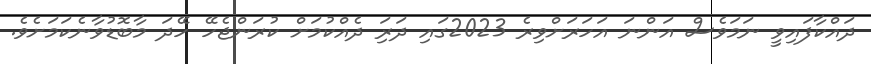
ދައްކާފައިވީ ނަމަވެސް އަންނަ އަހަރަށްވިރެ 2023ގައި ދަރަި ދެއްކުމަށް ކުރަންޖެހޭ ހޭދަ މާބޮޑުވާނެކަމަށެވެ.